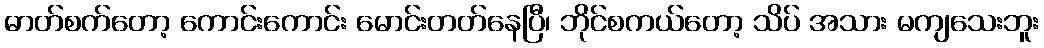
ဓာတ်စက်တော့ ကောင်းကောင်း မောင်းတတ်နေပြီ၊ ဘိုင်စကယ်တော့ သိပ် အသား မကျသေးဘူး